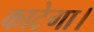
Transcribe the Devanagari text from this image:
काटेगा।